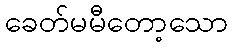
ခေတ်မမီတော့သော